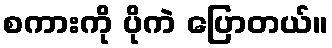
စကားကို ပိုကဲ ပြောတယ်။